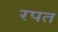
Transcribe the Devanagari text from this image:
रपत